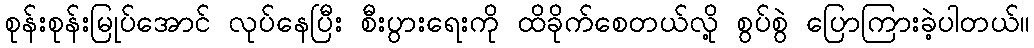
စုန်းစုန်းမြုပ်အောင် လုပ်နေပြီး စီးပွားရေးကို ထိခိုက်စေတယ်လို့ စွပ်စွဲ ပြောကြားခဲ့ပါတယ်။